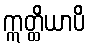
ဣတ္ထိယာပိ